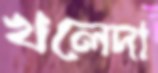
খলেদা